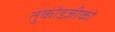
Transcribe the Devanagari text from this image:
तुकोडजीको